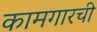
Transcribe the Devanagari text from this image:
कामगारची